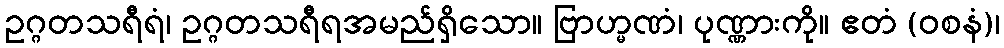
ဥဂ္ဂတသရီရံ၊ ဥဂ္ဂတသရီရအမည်ရှိသော။ ဗြာဟ္မဏံ၊ ပုဏ္ဏားကို။ ဧတံ (ဝစနံ)၊